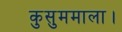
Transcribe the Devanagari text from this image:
कुसुममाला।